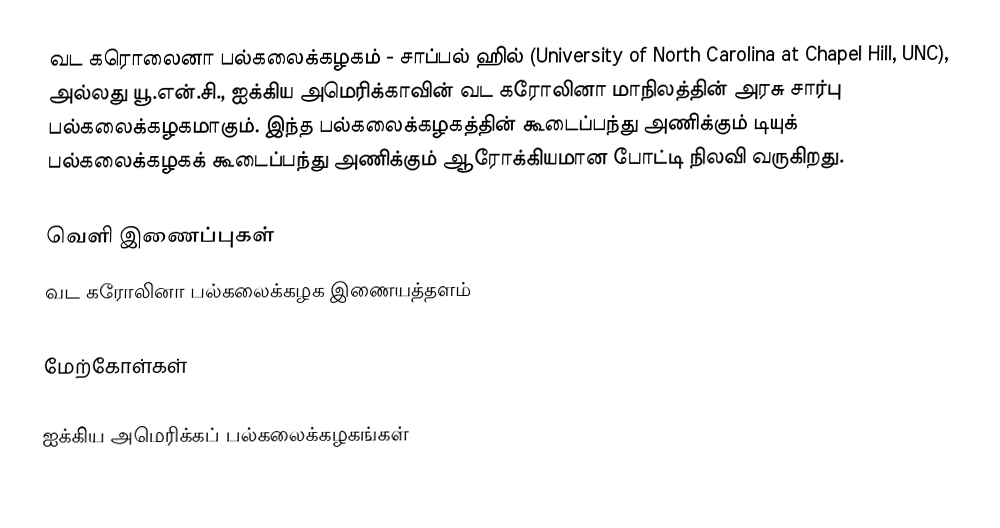
வட கரொலைனா பல்கலைக்கழகம் - சாப்பல் ஹில் (University of North Carolina at Chapel Hill, UNC), அல்லது யூ.என்.சி., ஐக்கிய அமெரிக்காவின் வட கரோலினா மாநிலத்தின் அரசு சார்பு பல்கலைக்கழகமாகும். இந்த பல்கலைக்கழகத்தின் கூடைப்பந்து அணிக்கும் டியுக் பல்கலைக்கழகக் கூடைப்பந்து அணிக்கும் ஆரோக்கியமான போட்டி நிலவி வருகிறது.

வெளி இணைப்புகள்
 வட கரோலினா பல்கலைக்கழக இணையத்தளம்

மேற்கோள்கள்

ஐக்கிய அமெரிக்கப் பல்கலைக்கழகங்கள்